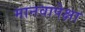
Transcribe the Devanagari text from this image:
मानवापेक्षा